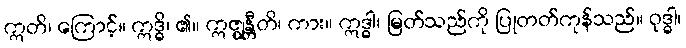
ဣတိ၊ ကြောင့်။ ဣဒ္ဓိ၊ ၏။ ဣဇ္ဈန္တီတိ၊ ကား။ ဣဒ္ဓါ၊ မြတ်သည်ကို ပြုတတ်ကုန်သည်။ ဝုဒ္ဓါ၊